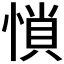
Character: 𰑽